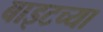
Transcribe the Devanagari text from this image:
बाइटच्या